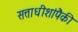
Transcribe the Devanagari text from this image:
सत्ताधीशांपैकी